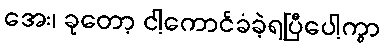
အေး၊ ခုတော့ ငါ့ကောင်ခံခဲ့ရပြီပေါ့ကွာ